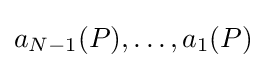
a_{N-1}(P),\ldots ,a_{1}(P)